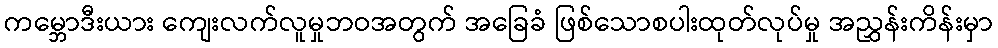
ကမ္ဘောဒီးယား ကျေးလက်လူမှုဘဝအတွက် အခြေခံ ဖြစ်သောစပါးထုတ်လုပ်မှု အညွှန်းကိန်းမှာ